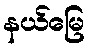
နယ်မြေ